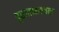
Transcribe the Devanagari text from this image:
पुरातत्वस्थल